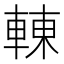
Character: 𨌿